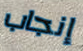
إنجاب